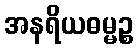
အနရိယဓမ္မဉ္စ